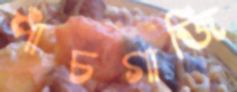
পাঁচগাজি